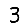
Digit: 3